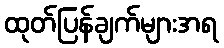
ထုတ်ပြန်ချက်များအရ